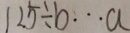
1 2 5 \div b \cdots a